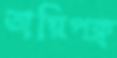
অগ্নিপক্ব